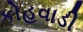
કોહવાડી